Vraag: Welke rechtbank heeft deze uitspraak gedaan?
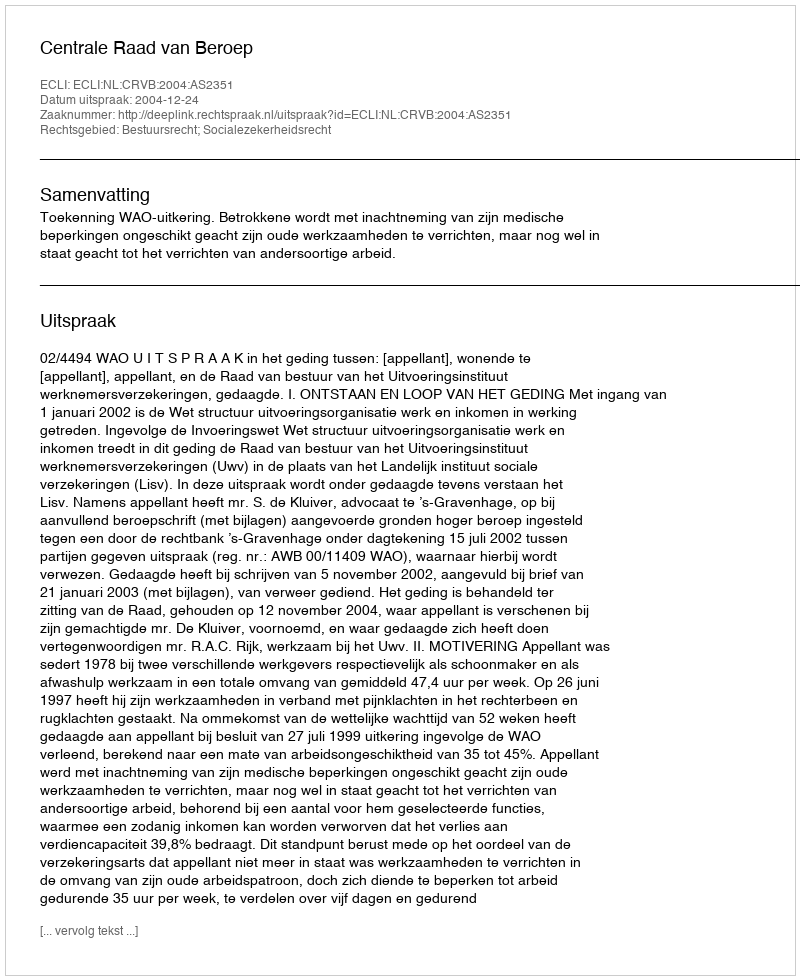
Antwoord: Centrale Raad van Beroep